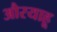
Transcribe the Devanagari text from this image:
औरयाहू